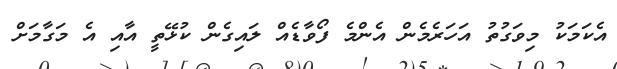
އެކަމަކު މިވަގުތު އަހަރެމެން އެންމެ ފޯވާޑެއް ލައިގެން ކުޅޭތީ އާއި އެ މަގާމަށް